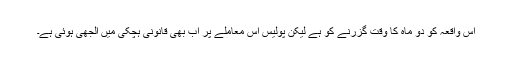
اس واقعہ کو دو ماہ کا وقت گزرنے کو ہے لیکن پولیس اس معاملے پر اب بھی قانونی ہچکی میں الجھی ہوئی ہے۔